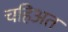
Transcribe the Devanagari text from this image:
चहिअत